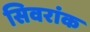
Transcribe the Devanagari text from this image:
सिवरांक